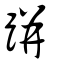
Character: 跰